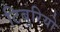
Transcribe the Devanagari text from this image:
टिबुरियो